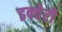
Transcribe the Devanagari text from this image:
इक्वेरी